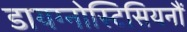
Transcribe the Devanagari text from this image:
डायग्नोस्टिसियनौं